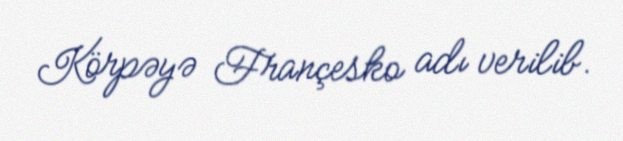
Körpəyə Françesko adı verilib.